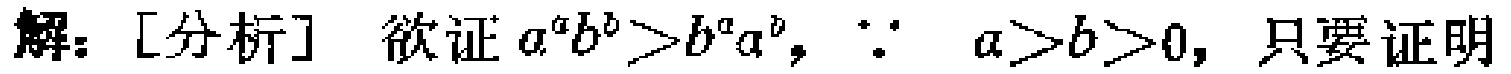
解：[分析] 欲证 \(a^{a}b^{b}>b^{a}a^{b}\)，\(\because a > b > 0\)，只要证明